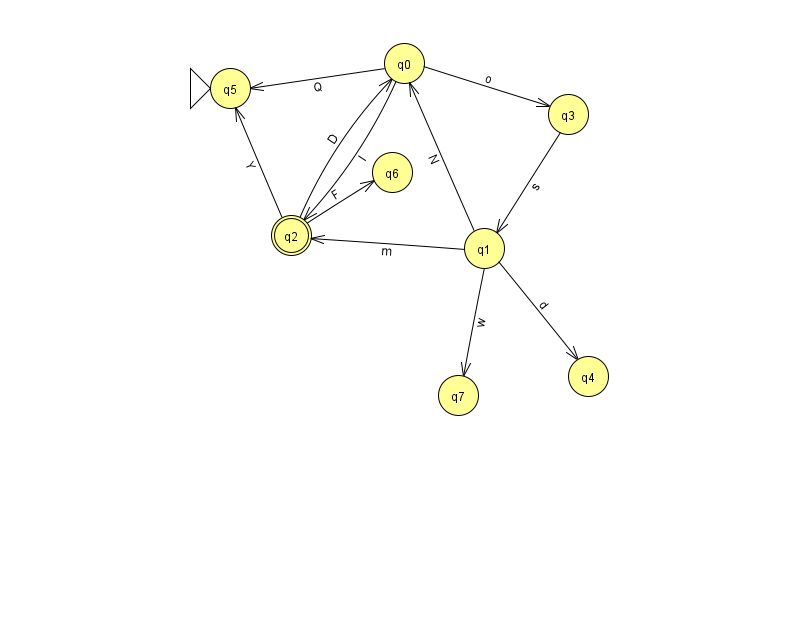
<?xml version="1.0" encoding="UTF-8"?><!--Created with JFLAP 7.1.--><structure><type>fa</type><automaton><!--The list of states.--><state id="0" name="q0"><x>404.0</x><y>50.0</y></state><state id="1" name="q1"><x>484.0</x><y>235.0</y></state><state id="2" name="q2"><x>291.0</x><y>222.0</y><final/></state><state id="3" name="q3"><x>568.0</x><y>101.0</y></state><state id="4" name="q4"><x>588.0</x><y>363.0</y></state><state id="5" name="q5"><x>230.0</x><y>75.0</y><initial/></state><state id="6" name="q6"><x>392.0</x><y>159.0</y></state><state id="7" name="q7"><x>458.0</x><y>382.0</y></state><!--The list of transitions.--><transition><from>0</from><to>5</to><read>Q</read></transition><transition><from>1</from><to>7</to><read>w</read></transition><transition><from>0</from><to>3</to><read>o</read></transition><transition><from>2</from><to>0</to><read>D</read></transition><transition><from>0</from><to>2</to><read>I</read></transition><transition><from>2</from><to>5</to><read>Y</read></transition><transition><from>2</from><to>6</to><read>F</read></transition><transition><from>3</from><to>1</to><read>s</read></transition><transition><from>1</from><to>0</to><read>N</read></transition><transition><from>1</from><to>4</to><read>d</read></transition><transition><from>1</from><to>2</to><read>m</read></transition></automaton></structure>